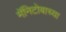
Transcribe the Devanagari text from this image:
मॅनिटोबाच्या